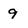
Character: 9